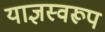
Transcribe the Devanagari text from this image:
याज्ञस्वरूप